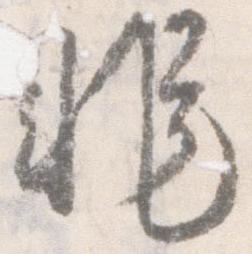
非